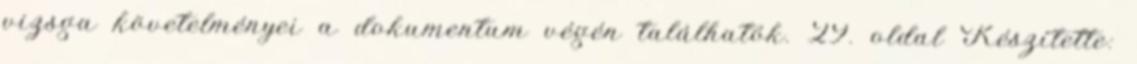
vizsga követelményei a dokumentum végén találhatók. 29. oldal Készítette: